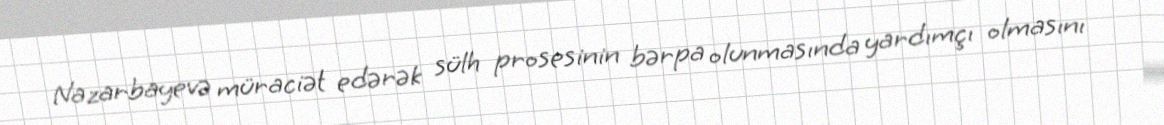
Nazarbayevə müraciət edərək sülh prosesinin bərpa olunmasında yardımçı olmasını